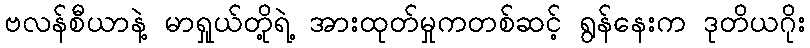
ဗလန်စီယာနဲ့ မာရှုယ်တို့ရဲ့ အားထုတ်မှုကတစ်ဆင့် ရွန်နေးက ဒုတိယဂိုး